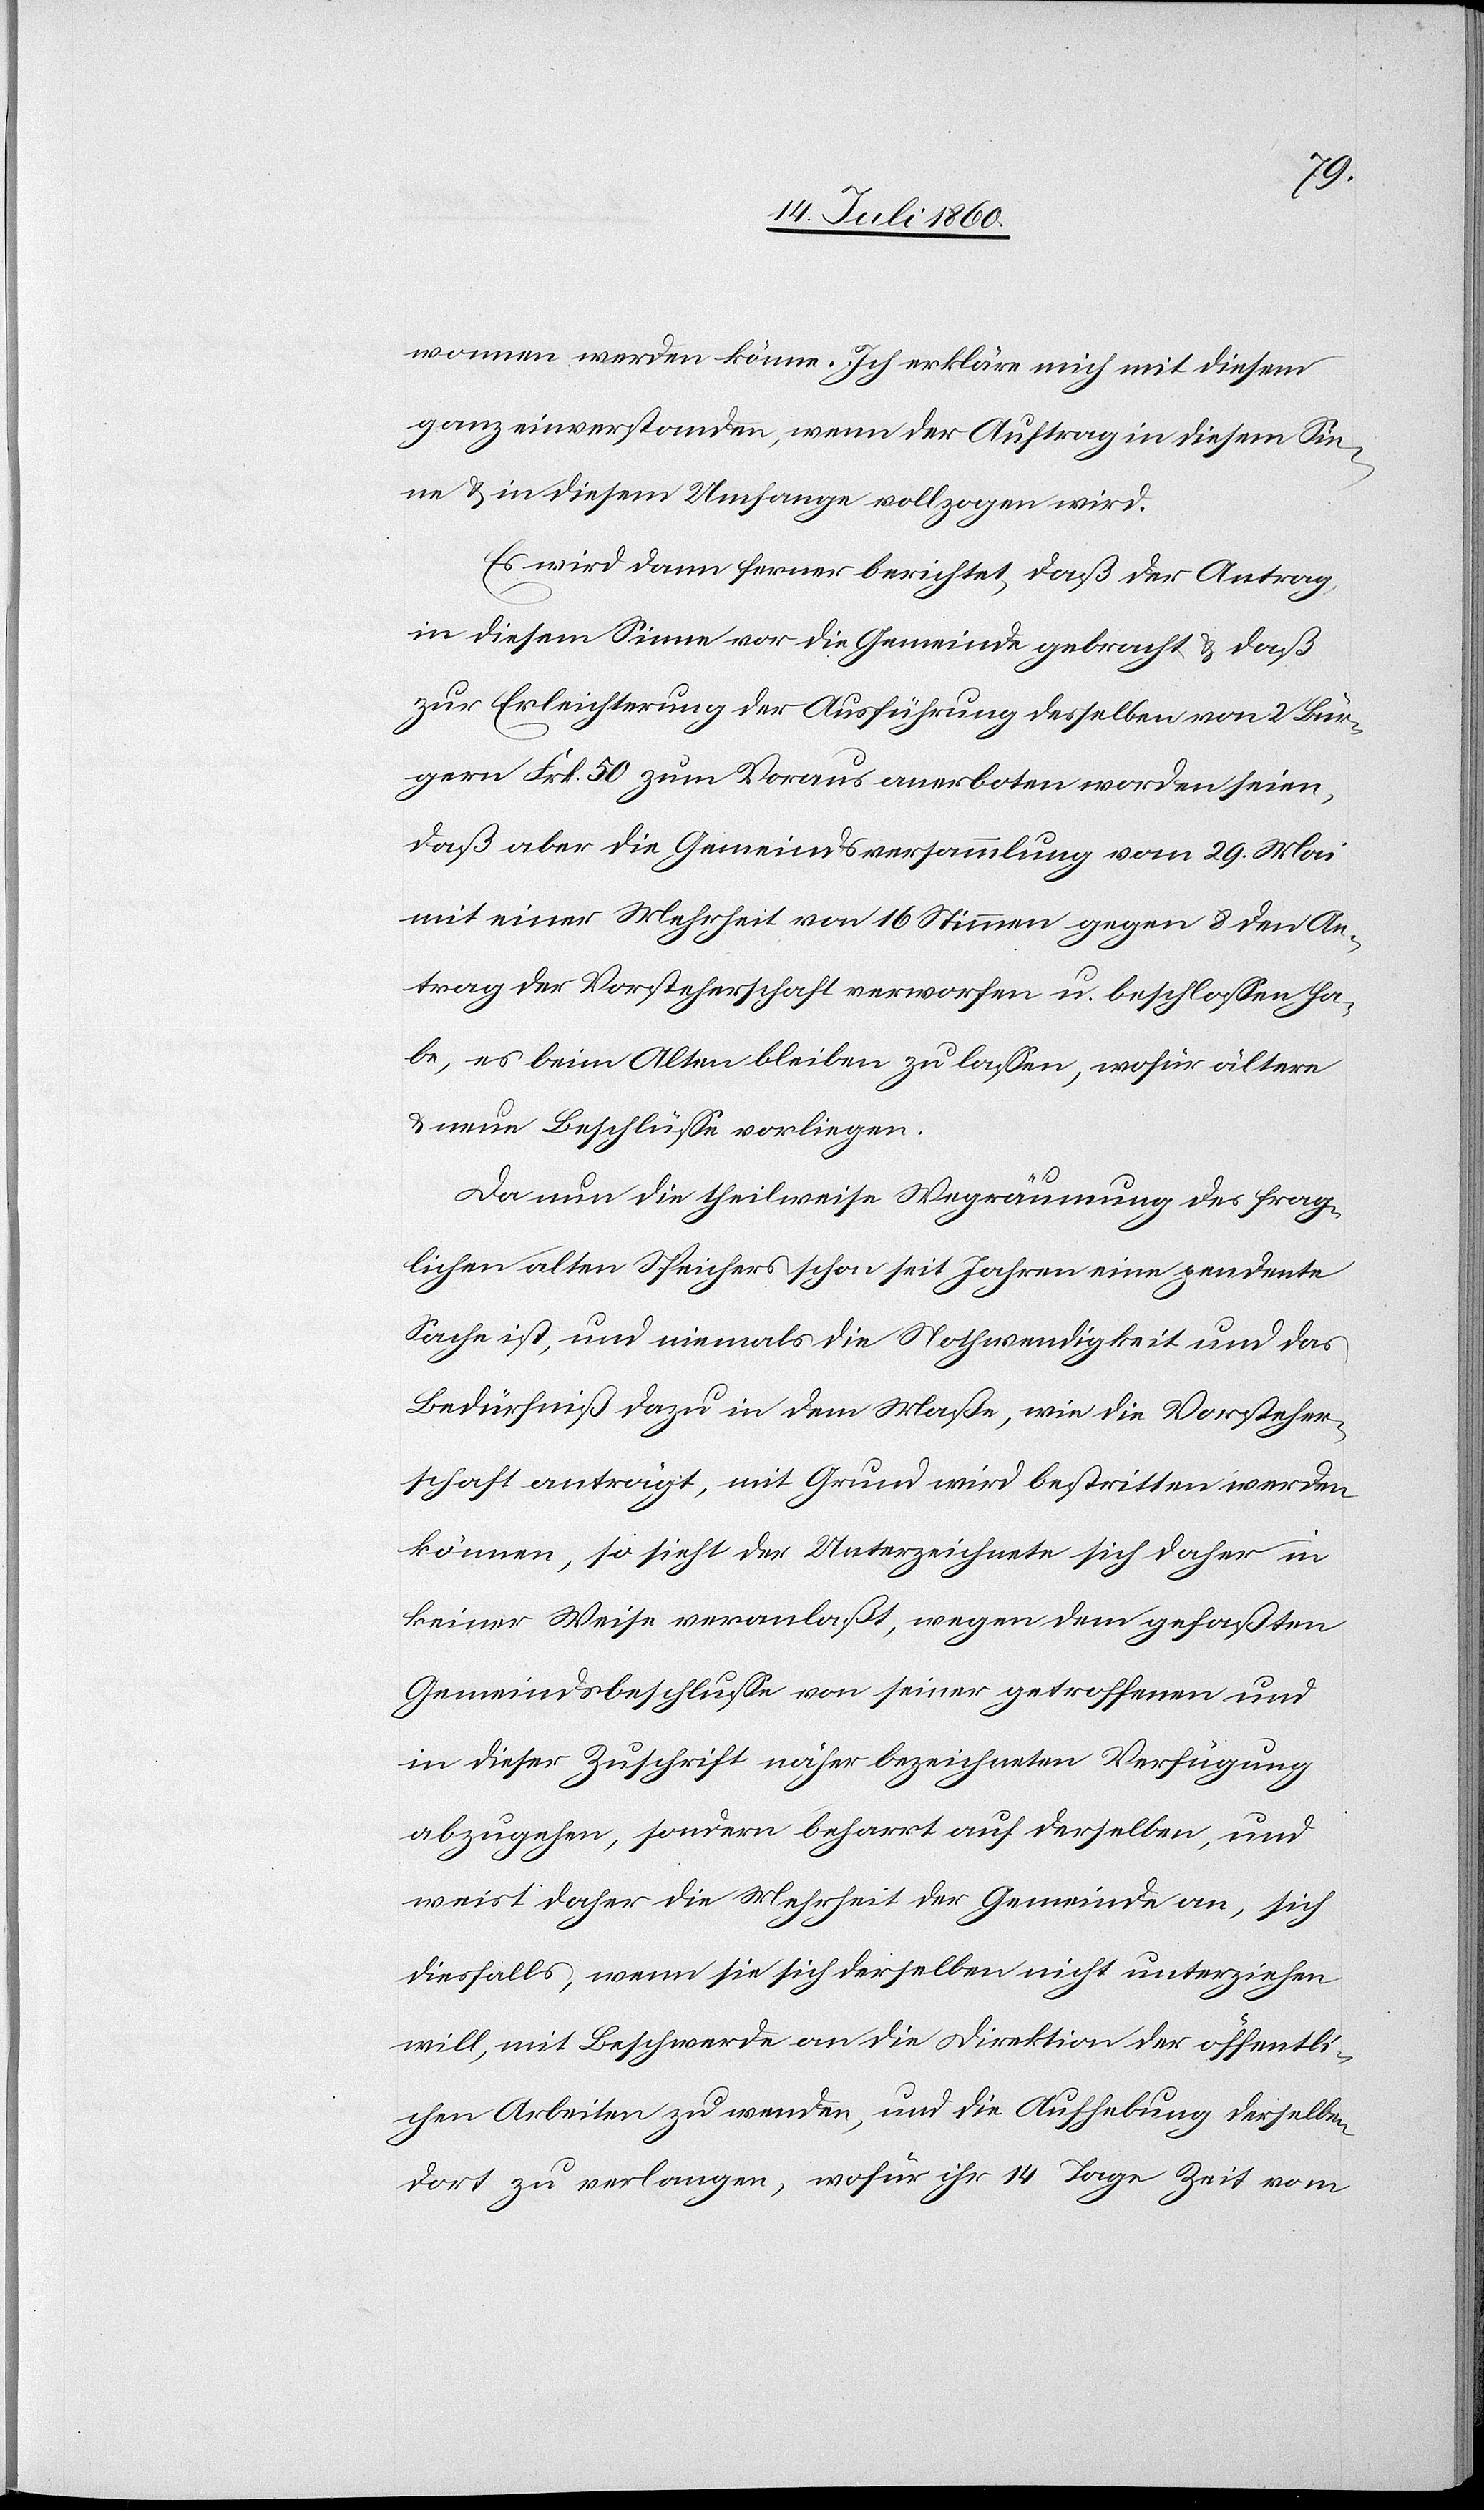
wonnen werden könne. Ich erkläre mich mit diesen
ganz einverstanden, wenn der Auftrag in diesem Sin¬
ne & in diesem Umfange vollzogen wird.
Es wird dann ferner berichtet, daß der Antrag
in diesem Sinne vor die Gemeinde gebracht & daß
zur Erleichterung der Ausführung desselben von 2 Bür¬
gern Frk. 50 zum Voraus anerboten worden seien,
daß aber die Gemeindsversammlung vom 29. Mai
mit einer Mehrheit von 16 Stimmen gegen 8 den An¬
trag der Vorsteherschaft verworfen und beschlossen ha¬
be, es beim Alten bleiben zu lassen, wofür ältere
& neue Beschlüsse vorliegen.
Da nun die theilweise Wegräumung des frag¬
lichen alten Speichers schon seit Jahren eine pendente
Sache ist, und niemals die Nothwendigkeit und das
Bedürfniß dazu in dem Maße, wie die Vorsteher¬
schaft anträgt, mit Grund wird bestritten werden
können, so sieht der Unterzeichnete sich daher in
keiner Weise veranlaßt, wegen dem gefaßten
Gemeindsbeschlusse von seiner getroffenen und
in dieser Zuschrift näher bezeichneten Verfügung
abzugehen, sondern beharrt auf derselben, und
weist daher die Mehrheit der Gemeinde an, sich
diesfalls, wenn sie sich derselben nicht unterziehen
will, mit Beschwerde an die Direktion der öffentli¬
chen Arbeiten zu wenden, und die Aufhebung derselben
dort zu verlangen, wofür ihr 14 Tage Zeit vom